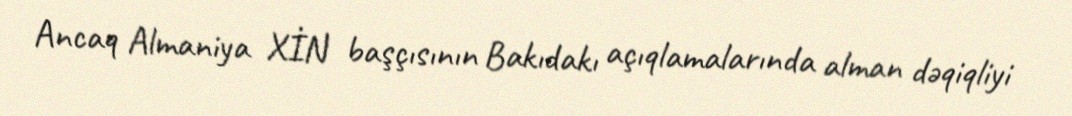
Ancaq Almaniya XİN başçısının Bakıdakı açıqlamalarında alman dəqiqliyi